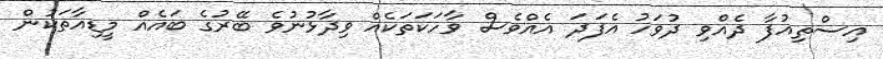
އިސްތިއުފާ ދެއްވި ދުވަހު އެފަދަ އެއްވެސް ވާހަކަތަކެއް ވިދާޅުނުވެ ބޭރުގެ ބައެއް މީޑިއާތަކުން